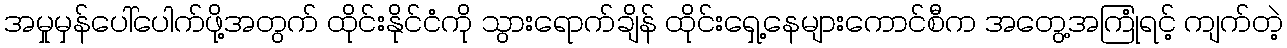
အမှုမှန်ပေါ်ပေါက်ဖို့အတွက် ထိုင်းနိုင်ငံကို သွားရောက်ချိန် ထိုင်းရှေ့နေများကောင်စီက အတွေ့အကြုံရင့် ကျက်တဲ့